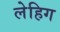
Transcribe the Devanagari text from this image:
लेहिग